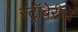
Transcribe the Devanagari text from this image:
स्ट्रॉबेरीचे